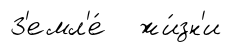
З'емл'е́ жи́зн'и